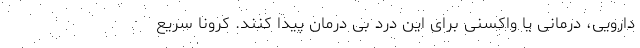
دارویی، درمانی یا واکسنی برای این درد بی درمان پیدا کنند. کرونا سریع